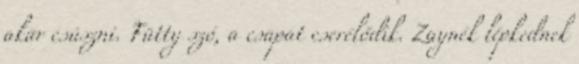
akar csúszni. Fütty szó, a csapat cserélődik. Zaynék lépkednek